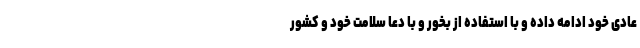
عادی خود ادامه داده و با استفاده از بُخور و با دعا سلامت خود و کشور